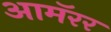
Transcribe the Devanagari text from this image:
आमॅरर